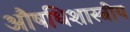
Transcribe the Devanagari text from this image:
औषधिशास्त्रीय